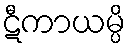
ဋီကာယမ္ပိ